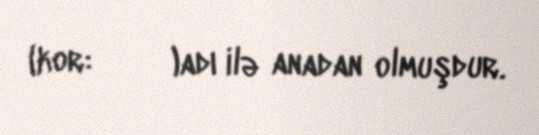
(kor: 문별 이)adı ilə anadan olmuşdur.